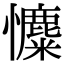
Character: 𢥐